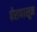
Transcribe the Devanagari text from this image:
पेरापासून